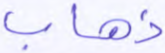
ذهاب